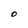
Character: O